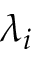
\lambda _ { i }